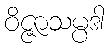
ဝိဇ္ဇာသမ္ပဒါ